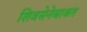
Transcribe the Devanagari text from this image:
शिवसेनेबाबत